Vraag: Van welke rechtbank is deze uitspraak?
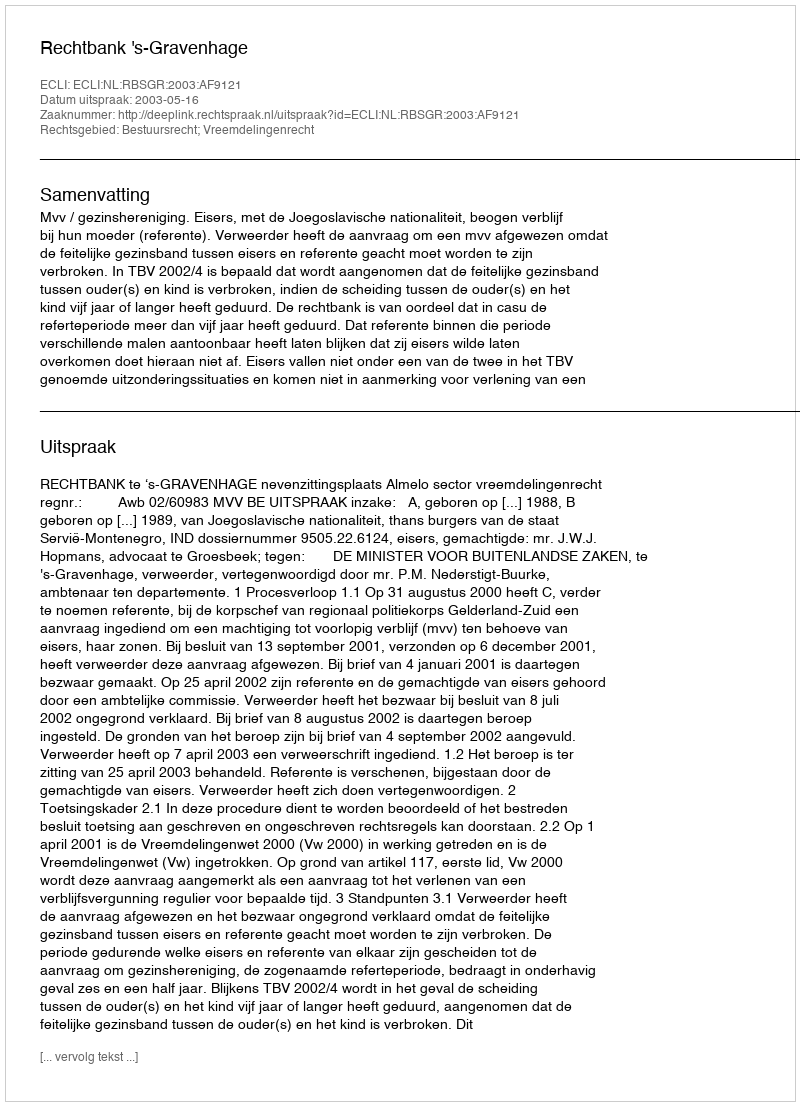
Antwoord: Rechtbank 's-Gravenhage